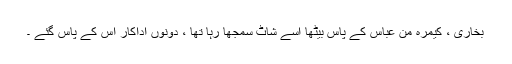
بخاری ، کیمرہ من عباس کے پاس بیٹھا اُسے شاٹ سمجھا رہا تھا ، دونوں اداکار اُس کے پاس گئے ۔